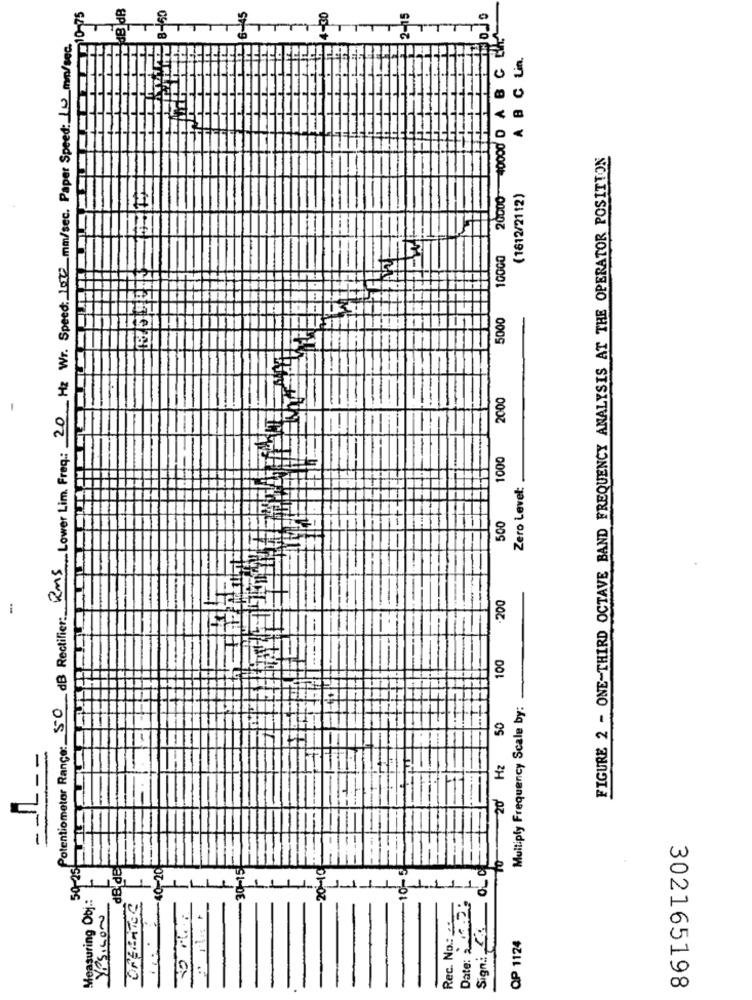
SBAB
150
25
Potentiometer Rance: 50 dB Rectifier: Kms Lower Lim. Freq: 20 Hz Wr. Speed: 1000 mm/sec. Paper Speed: 10 mm/sec.
10000 20000 40000 0 A B C E
A B C Lin.
FIGURE 2 - ONE-THIRD OCTAVE BAND FREQUENCY ANALYSIS AT THE OPERATOR POSITION
(1612/2112)
5000
2000
1000
Zero Level:
500
200
-
100
11
Multiply Frequency Scale by:
20 Hz 50
-11 --
-
50-25
dB de
-40-20
-30-15
20-10
-10 -!
Sign .: ___
EU- FULL
Measuring Obj .:
1.
Date: 04-2.
Yesicon
Rec. No .:
-
OP 1124
302165198